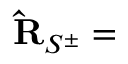
{ \mathbf { \widehat R } } _ { S ^ { \pm } } =